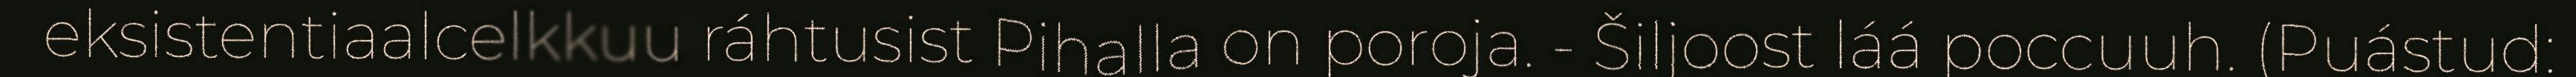
eksistentiaalcelkkuu ráhtusist Pihalla on poroja. - Šiljoost láá poccuuh. (Puástud: